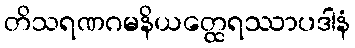
တိသရဏဂမနိယတ္ထေရဿာပဒါနံ